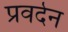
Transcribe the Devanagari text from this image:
प्रवर्दन